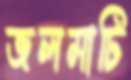
জলমাটি